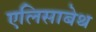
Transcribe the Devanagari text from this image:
एलिसाबेथ